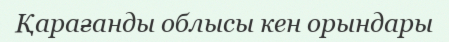
Қарағанды облысы кен орындары